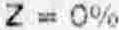
Z = 0%